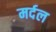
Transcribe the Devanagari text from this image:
मर्दल